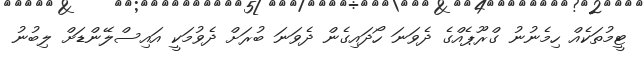
ޓީމުތަކެއް ހިމެނުނު ގްރޫޕެއްގެ ދެވަނަ ހޯދައިގެން ދެވަނަ ބުރަށް ދެވުމަކީ އައިސްލޭންޑަށް ލިބުނު